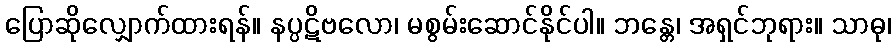
ပြောဆိုလျှောက်ထားရန်။ နပ္ပဋိဗလော၊ မစွမ်းဆောင်နိုင်ပါ။ ဘန္တေ၊ အရှင်ဘုရား။ သာဓု၊